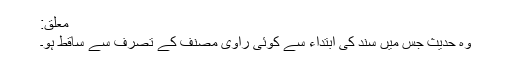
مُعَلَّق:
وہ حدیث جس میں سند کی ابتداء سے کوئی راوی مصنف کے تصرف سے ساقط ہو۔